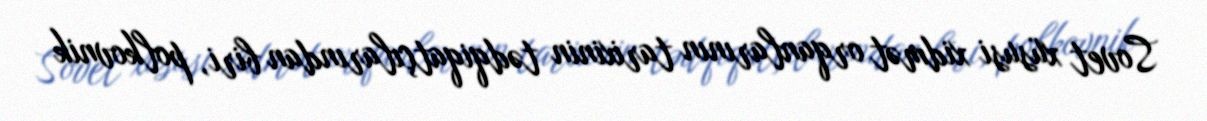
Sovet xüsusi xidmət orqanlarının tarixinin tədqiqatçılarından biri, polkovnik